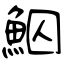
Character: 鮂